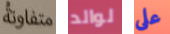
متفاوتة لوالد على